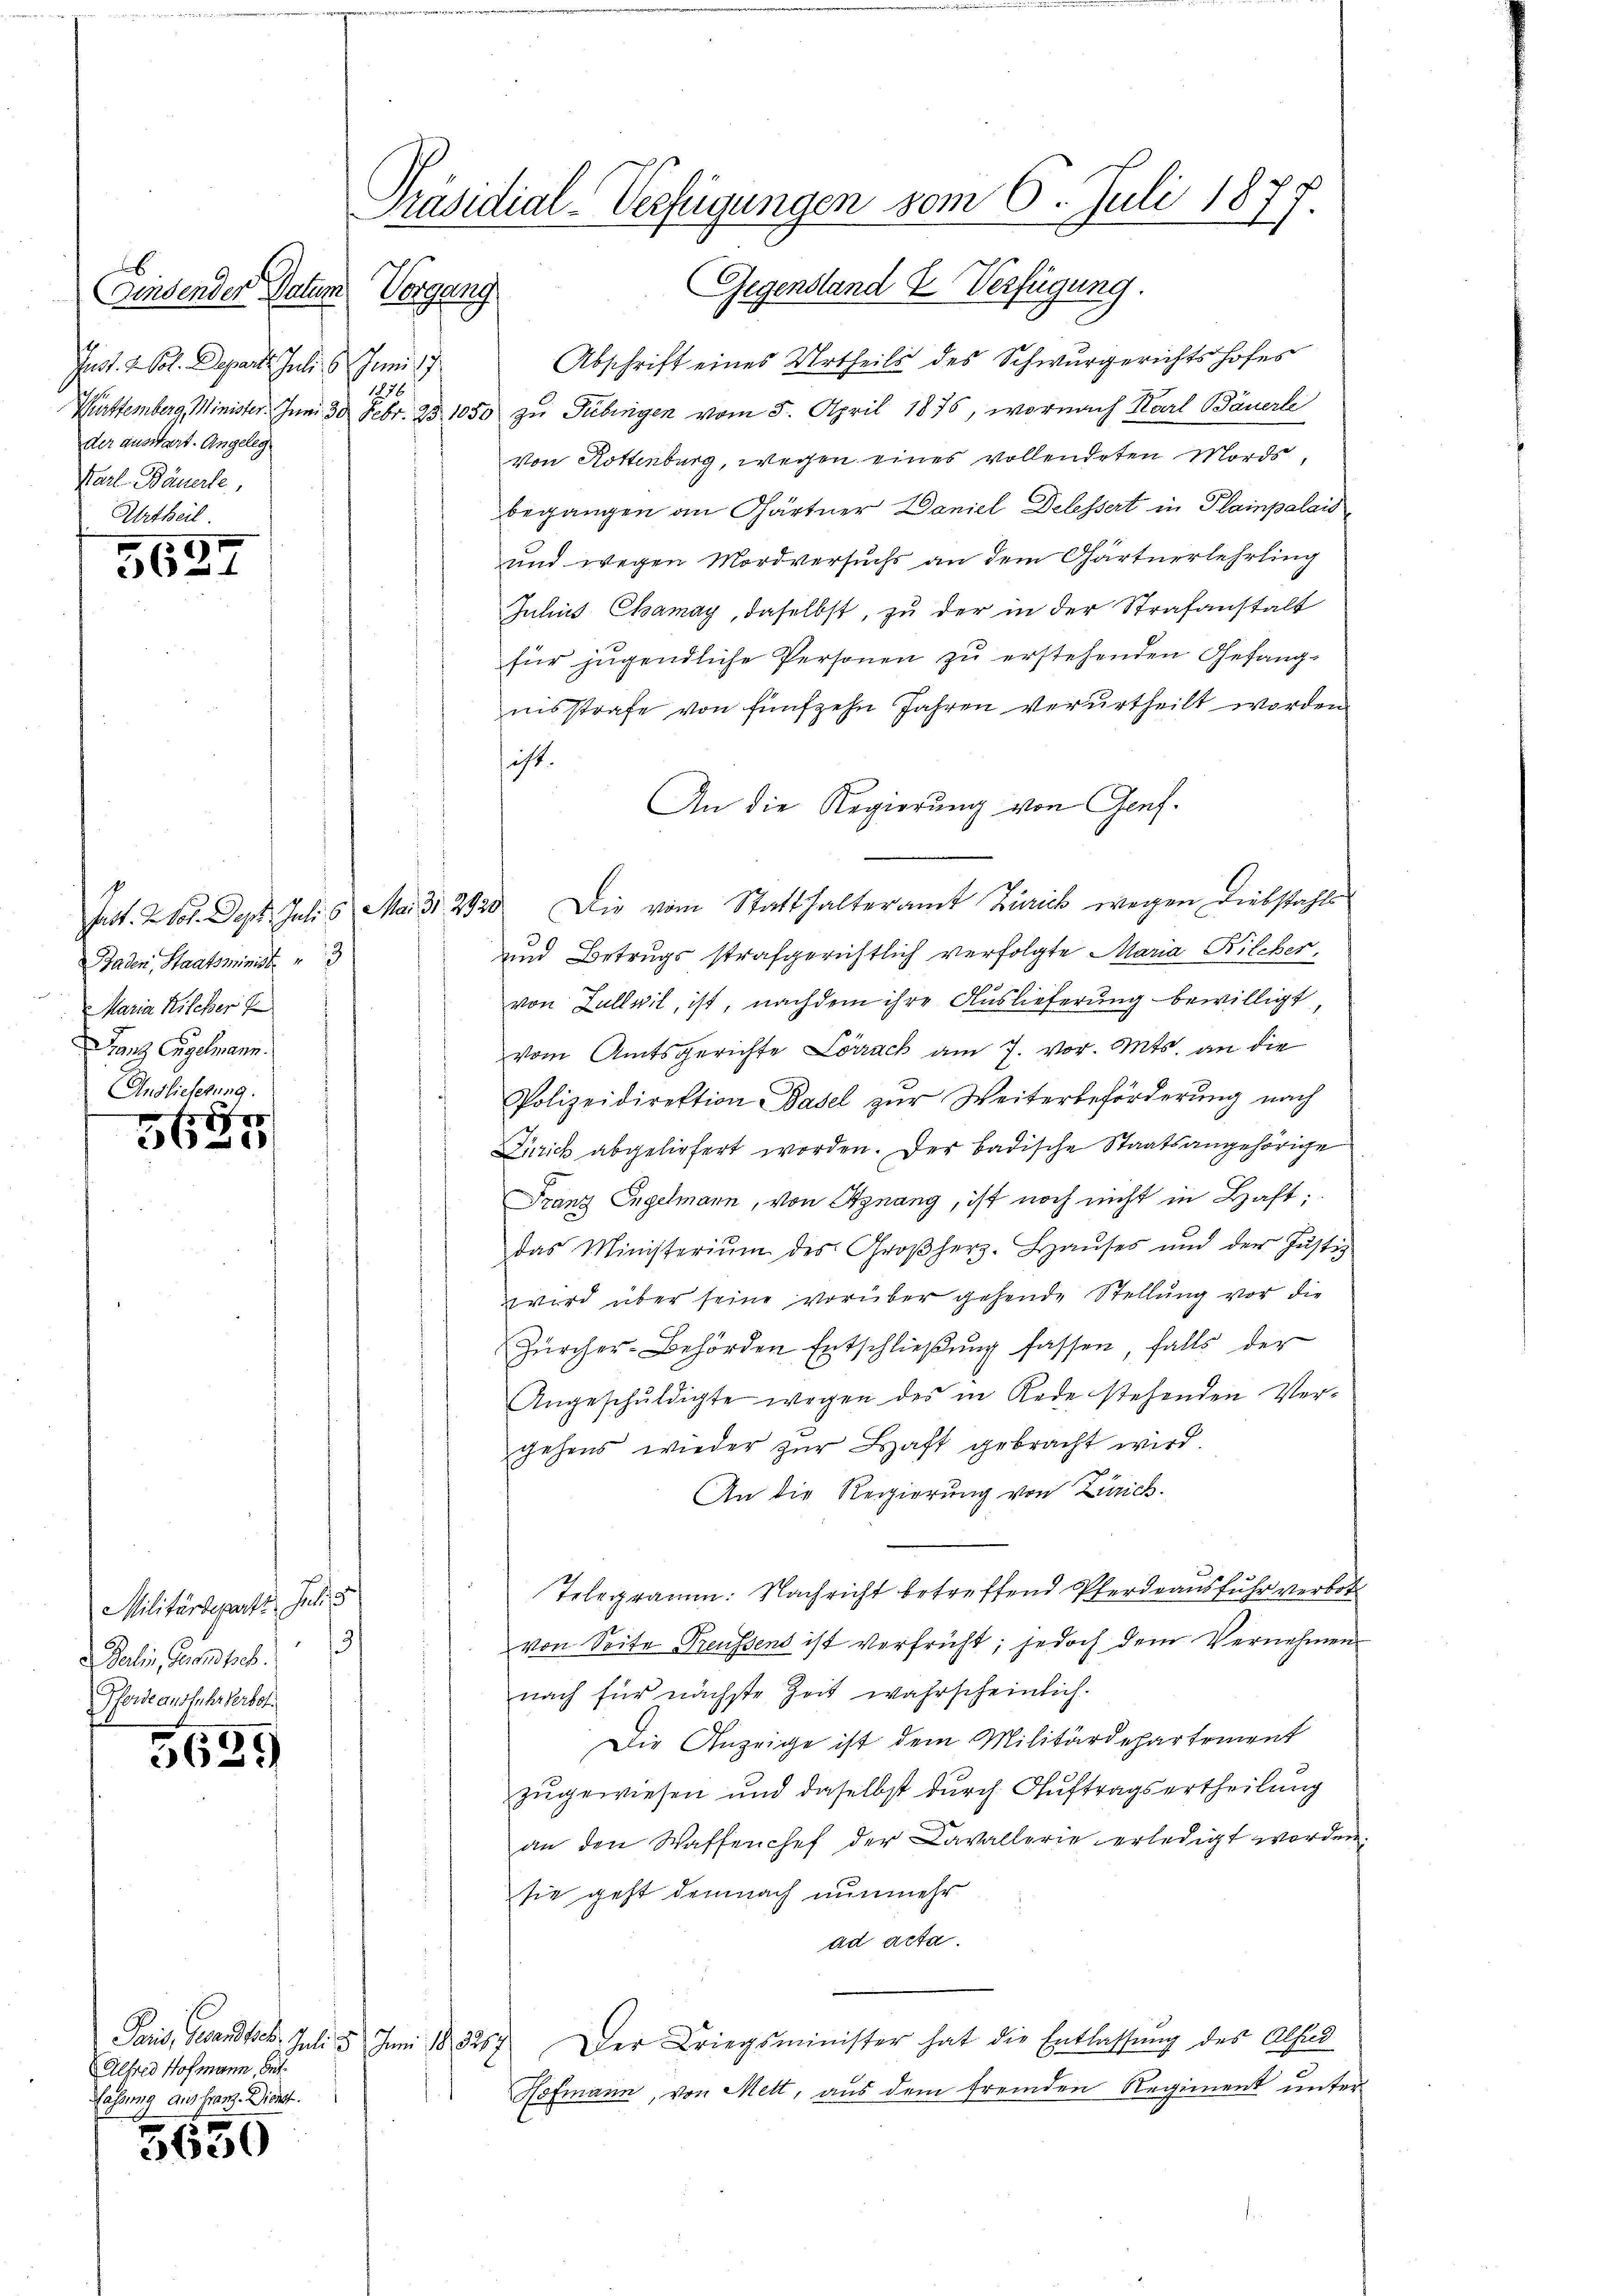
Findender Datum
Jnst. 2. Kot. Depart. Juli 5. Juni
1876
der auswart. Angeleg
Karl Bäuerle,

563

Baden, Staatsminist
Maria Kilcher
Franz Egelmann.
Auslieferung.

5627/

Militärdeparti, Juli 18
/
d Darin, Farnsbes.
Pferde ausfuhrverbot

3629

Paris, Gesandtieb. Juli 5. Juni 189. 3267
Alfred Hofmann, But
Fassung aus franz. Dienst.

650

Präsidial-Verfügungen vom 6. Juli 1877.
Gegenstand & Verfügung.
Verung

Abschrift eines Urtheils des Schwurgerichtshofes
Württemberg, Minister. Inn 30 Febr. 25. 1050 zu Tübingen vom 5. April 1875, wornach Karl Bäuerli
von Rottenburg, wegen eines vollendeten Mords,
begangen an Gärtner Daniel Delessert in Plainpalais
und wegen Mordversuchs an dem Gärtnerlehrling
Julius Chamay, daselbst, zu der in der Strafanstalt
für jugendliche Personen zŭ erstehenden Gefangnisstrafe von fünfzehn Jahren verurtheilt worden.
ist.
An die Regierung von Genf.
Jast. 2 vor. Dept. Juli 5. Mai 31. 2920 Die vom Statthalteramt Zürich wegen Diebstahls
und Betrugs strafgerichtlich verfolgte Maria Kilcher,
von Zullvil, ist, nachdem ihre Auslieferung bewilligt,
vom Amtsgerichte Lörrach am 7. vor. Mts. an die
Polizeidirektion Basel zur Weiterbeförderung nach
Zürich abgeliefert worden. Der badische Staatsangehörige
Franz Engelmann, von Signang, ist noch nicht in Haft;
das Ministeriŭm des Großherz-Haŭses und der Justiz
wird über seine vorüber gehende Stellung vor die
Zürcher-Behörden Entschließung fassen, falls der
Angeschŭldigte wegen des in Rede stehenden Vergehens wieder zŭr Haft gebracht wird.
An die Regierung von Zürich.
Telegramm. Nachricht betreffend Pferdraŭsfŭhr verbot
von Seite Preussens ist verfrüht; jedoch dem Vernehmen
nach für nächste Zeit wahrscheinlich.
Die Anzeige ist dem Militärdepartement
zugewiesen und daselbst durch Auftragsertheilung
an den Waffenchef der Cavallerie erledigt werden
sie geht demnach nunmehr
ad acta.
Der Kriegsminister hat die Entlassung des Absud
Hofmann, von Mett, aus dem fremden Regiment unter-